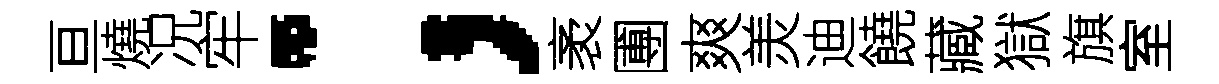
亘燒况牢；袤圑爽羙迪饒藏獄旗室